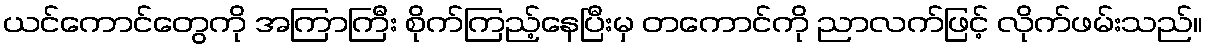
ယင်ကောင်တွေကို အကြာကြီး စိုက်ကြည့်နေပြီးမှ တကောင်ကို ညာလက်ဖြင့် လိုက်ဖမ်းသည်။